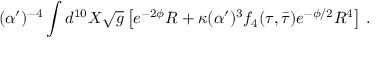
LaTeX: ( \alpha ^ { \prime } ) ^ { - 4 } \int d ^ { 1 0 } X \sqrt { g } \left[ e ^ { - 2 \phi } R + \kappa ( \alpha ^ { \prime } ) ^ { 3 } f _ { 4 } ( \tau , \bar { \tau } ) e ^ { - \phi / 2 } { \cal R } ^ { 4 } \right] \, .